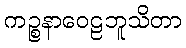
ကဉ္စနာဝေဠဘူသိတာ